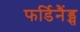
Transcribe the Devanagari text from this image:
फर्डिनैंड्स